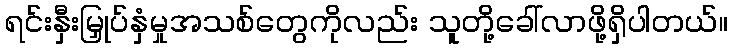
ရင်းနှီးမြှုပ်နှံမှုအသစ်တွေကိုလည်း သူတို့ခေါ်လာဖို့ရှိပါတယ်။